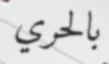
بالحري